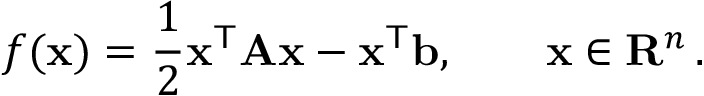
f ( \mathbf { x } ) = { \frac { 1 } { 2 } } \mathbf { x } ^ { \mathsf { T } } \mathbf { A } \mathbf { x } - \mathbf { x } ^ { \mathsf { T } } \mathbf { b } , \qquad \mathbf { x } \in \mathbf { R } ^ { n } \, .